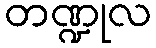
တဏ္ဍုလ